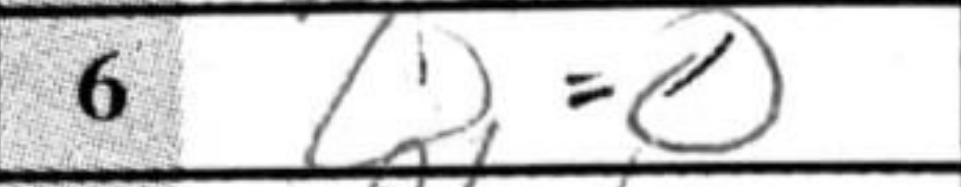
Transcription: O-O